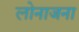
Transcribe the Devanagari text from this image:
लोनाजना